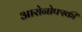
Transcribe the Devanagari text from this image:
आरोनोफ्स्की